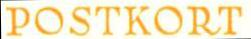
POSTKORT